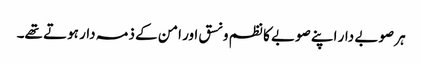
ہر صوبے دار اپنے صوبے کا نظم و نسق اور امن کے ذمہ دار ہوتے تھے۔